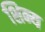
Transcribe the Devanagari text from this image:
शिन्य